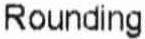
ROUNDING